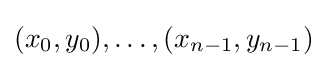
(x_{0},y_{0}),\ldots ,(x_{n-1},y_{n-1})